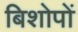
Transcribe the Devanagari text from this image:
बिशोपों